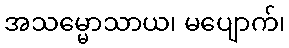
အသမ္မောသာယ၊ မပျောက်၊